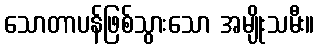
သောတာပန်ဖြစ်သွားသော အမျိုးသမီး။